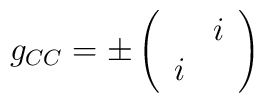
g_{CC}=\pm \left( \begin{array}{cc} & i\\i & \end{array}\right)